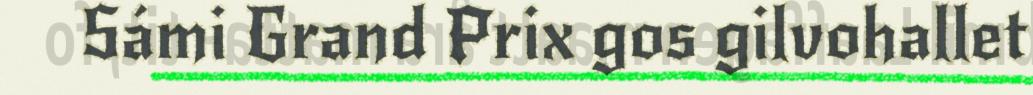
Sámi Grand Prix gos gilvohallet